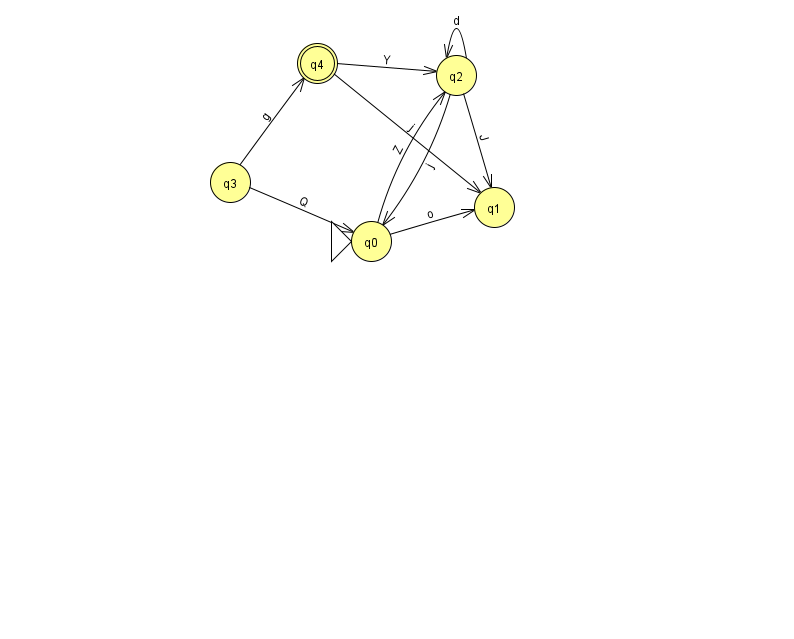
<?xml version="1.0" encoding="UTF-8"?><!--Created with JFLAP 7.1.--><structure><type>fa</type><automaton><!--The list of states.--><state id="0" name="q0"><x>371.0</x><y>228.0</y><initial/></state><state id="1" name="q1"><x>494.0</x><y>194.0</y></state><state id="2" name="q2"><x>456.0</x><y>62.0</y></state><state id="3" name="q3"><x>230.0</x><y>169.0</y></state><state id="4" name="q4"><x>317.0</x><y>50.0</y><final/></state><!--The list of transitions.--><transition><from>2</from><to>1</to><read>J</read></transition><transition><from>3</from><to>0</to><read>Q</read></transition><transition><from>3</from><to>4</to><read>g</read></transition><transition><from>0</from><to>1</to><read>o</read></transition><transition><from>2</from><to>2</to><read>d</read></transition><transition><from>4</from><to>1</to><read>j</read></transition><transition><from>0</from><to>2</to><read>Z</read></transition><transition><from>2</from><to>0</to><read>j</read></transition><transition><from>4</from><to>2</to><read>Y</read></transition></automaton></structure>